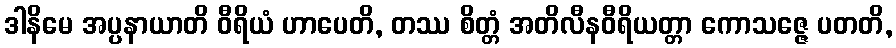
ဒါနိမေ အပ္ပနာယာတိ ဝီရိယံ ဟာပေတိ, တဿ စိတ္တံ အတိလီနဝီရိယတ္တာ ကောသဇ္ဇေ ပတတိ,